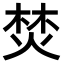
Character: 焚